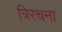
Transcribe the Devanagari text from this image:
त्रिरचना